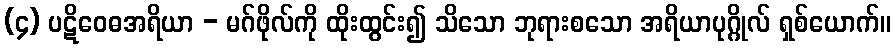
(၄) ပဋိဝေဓအရိယာ - မဂ်ဖိုလ်ကို ထိုးထွင်း၍ သိသော ဘုရားစသော အရိယာပုဂ္ဂိုလ် ရှစ်ယောက်။